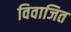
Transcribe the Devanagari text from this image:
विवाजित